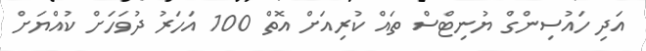
އަދި ހައުސިންގް ޔުނިޓްސް ތައް ކުރިއަށް އޮތް 100 އަހަރު ދުވަހަށް ކުއްޔަށް